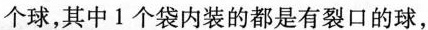
个球，其中1个袋内装的都是有裂口的球，